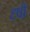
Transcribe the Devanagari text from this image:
दृषी